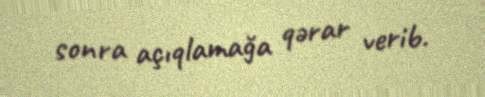
sonra açıqlamağa qərar verib.